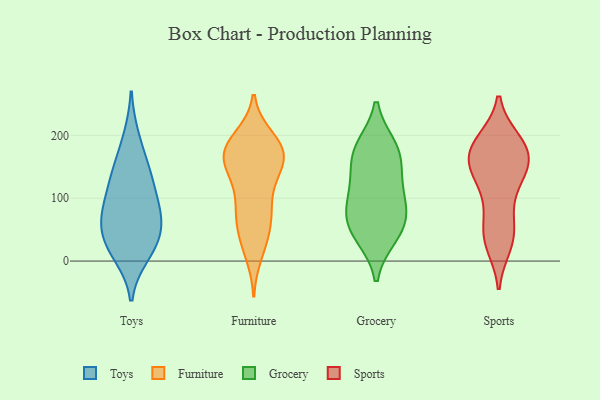
{"axis": {"x": "Budget (USD K)", "y": "Value"}, "legend": ["Furniture", "Grocery", "Sports", "Toys"], "data": [{"x": "", "y": 140, "type": "Toys"}, {"x": "", "y": 87, "type": "Toys"}, {"x": "", "y": 147, "type": "Toys"}, {"x": "", "y": 84, "type": "Toys"}, {"x": "", "y": 67, "type": "Toys"}, {"x": "", "y": 20, "type": "Toys"}, {"x": "", "y": 11, "type": "Toys"}, {"x": "", "y": 70, "type": "Toys"}, {"x": "", "y": 196, "type": "Toys"}, {"x": "", "y": 125, "type": "Toys"}, {"x": "", "y": 34, "type": "Toys"}, {"x": "", "y": 38, "type": "Toys"}, {"x": "", "y": 40, "type": "Furniture"}, {"x": "", "y": 155, "type": "Furniture"}, {"x": "", "y": 77, "type": "Furniture"}, {"x": "", "y": 65, "type": "Furniture"}, {"x": "", "y": 179, "type": "Furniture"}, {"x": "", "y": 182, "type": "Furniture"}, {"x": "", "y": 83, "type": "Furniture"}, {"x": "", "y": 184, "type": "Furniture"}, {"x": "", "y": 131, "type": "Furniture"}, {"x": "", "y": 169, "type": "Furniture"}, {"x": "", "y": 169, "type": "Furniture"}, {"x": "", "y": 121, "type": "Furniture"}, {"x": "", "y": 81, "type": "Furniture"}, {"x": "", "y": 31, "type": "Furniture"}, {"x": "", "y": 195, "type": "Furniture"}, {"x": "", "y": 153, "type": "Furniture"}, {"x": "", "y": 179, "type": "Furniture"}, {"x": "", "y": 13, "type": "Furniture"}, {"x": "", "y": 158, "type": "Furniture"}, {"x": "", "y": 70, "type": "Grocery"}, {"x": "", "y": 104, "type": "Grocery"}, {"x": "", "y": 65, "type": "Grocery"}, {"x": "", "y": 179, "type": "Grocery"}, {"x": "", "y": 182, "type": "Grocery"}, {"x": "", "y": 41, "type": "Grocery"}, {"x": "", "y": 39, "type": "Grocery"}, {"x": "", "y": 145, "type": "Grocery"}, {"x": "", "y": 83, "type": "Grocery"}, {"x": "", "y": 171, "type": "Grocery"}, {"x": "", "y": 120, "type": "Grocery"}, {"x": "", "y": 159, "type": "Sports"}, {"x": "", "y": 46, "type": "Sports"}, {"x": "", "y": 163, "type": "Sports"}, {"x": "", "y": 92, "type": "Sports"}, {"x": "", "y": 159, "type": "Sports"}, {"x": "", "y": 132, "type": "Sports"}, {"x": "", "y": 144, "type": "Sports"}, {"x": "", "y": 123, "type": "Sports"}, {"x": "", "y": 190, "type": "Sports"}, {"x": "", "y": 26, "type": "Sports"}, {"x": "", "y": 33, "type": "Sports"}, {"x": "", "y": 185, "type": "Sports"}, {"x": "", "y": 35, "type": "Sports"}, {"x": "", "y": 186, "type": "Sports"}, {"x": "", "y": 174, "type": "Sports"}, {"x": "", "y": 147, "type": "Sports"}, {"x": "", "y": 67, "type": "Sports"}, {"x": "", "y": 191, "type": "Sports"}]}